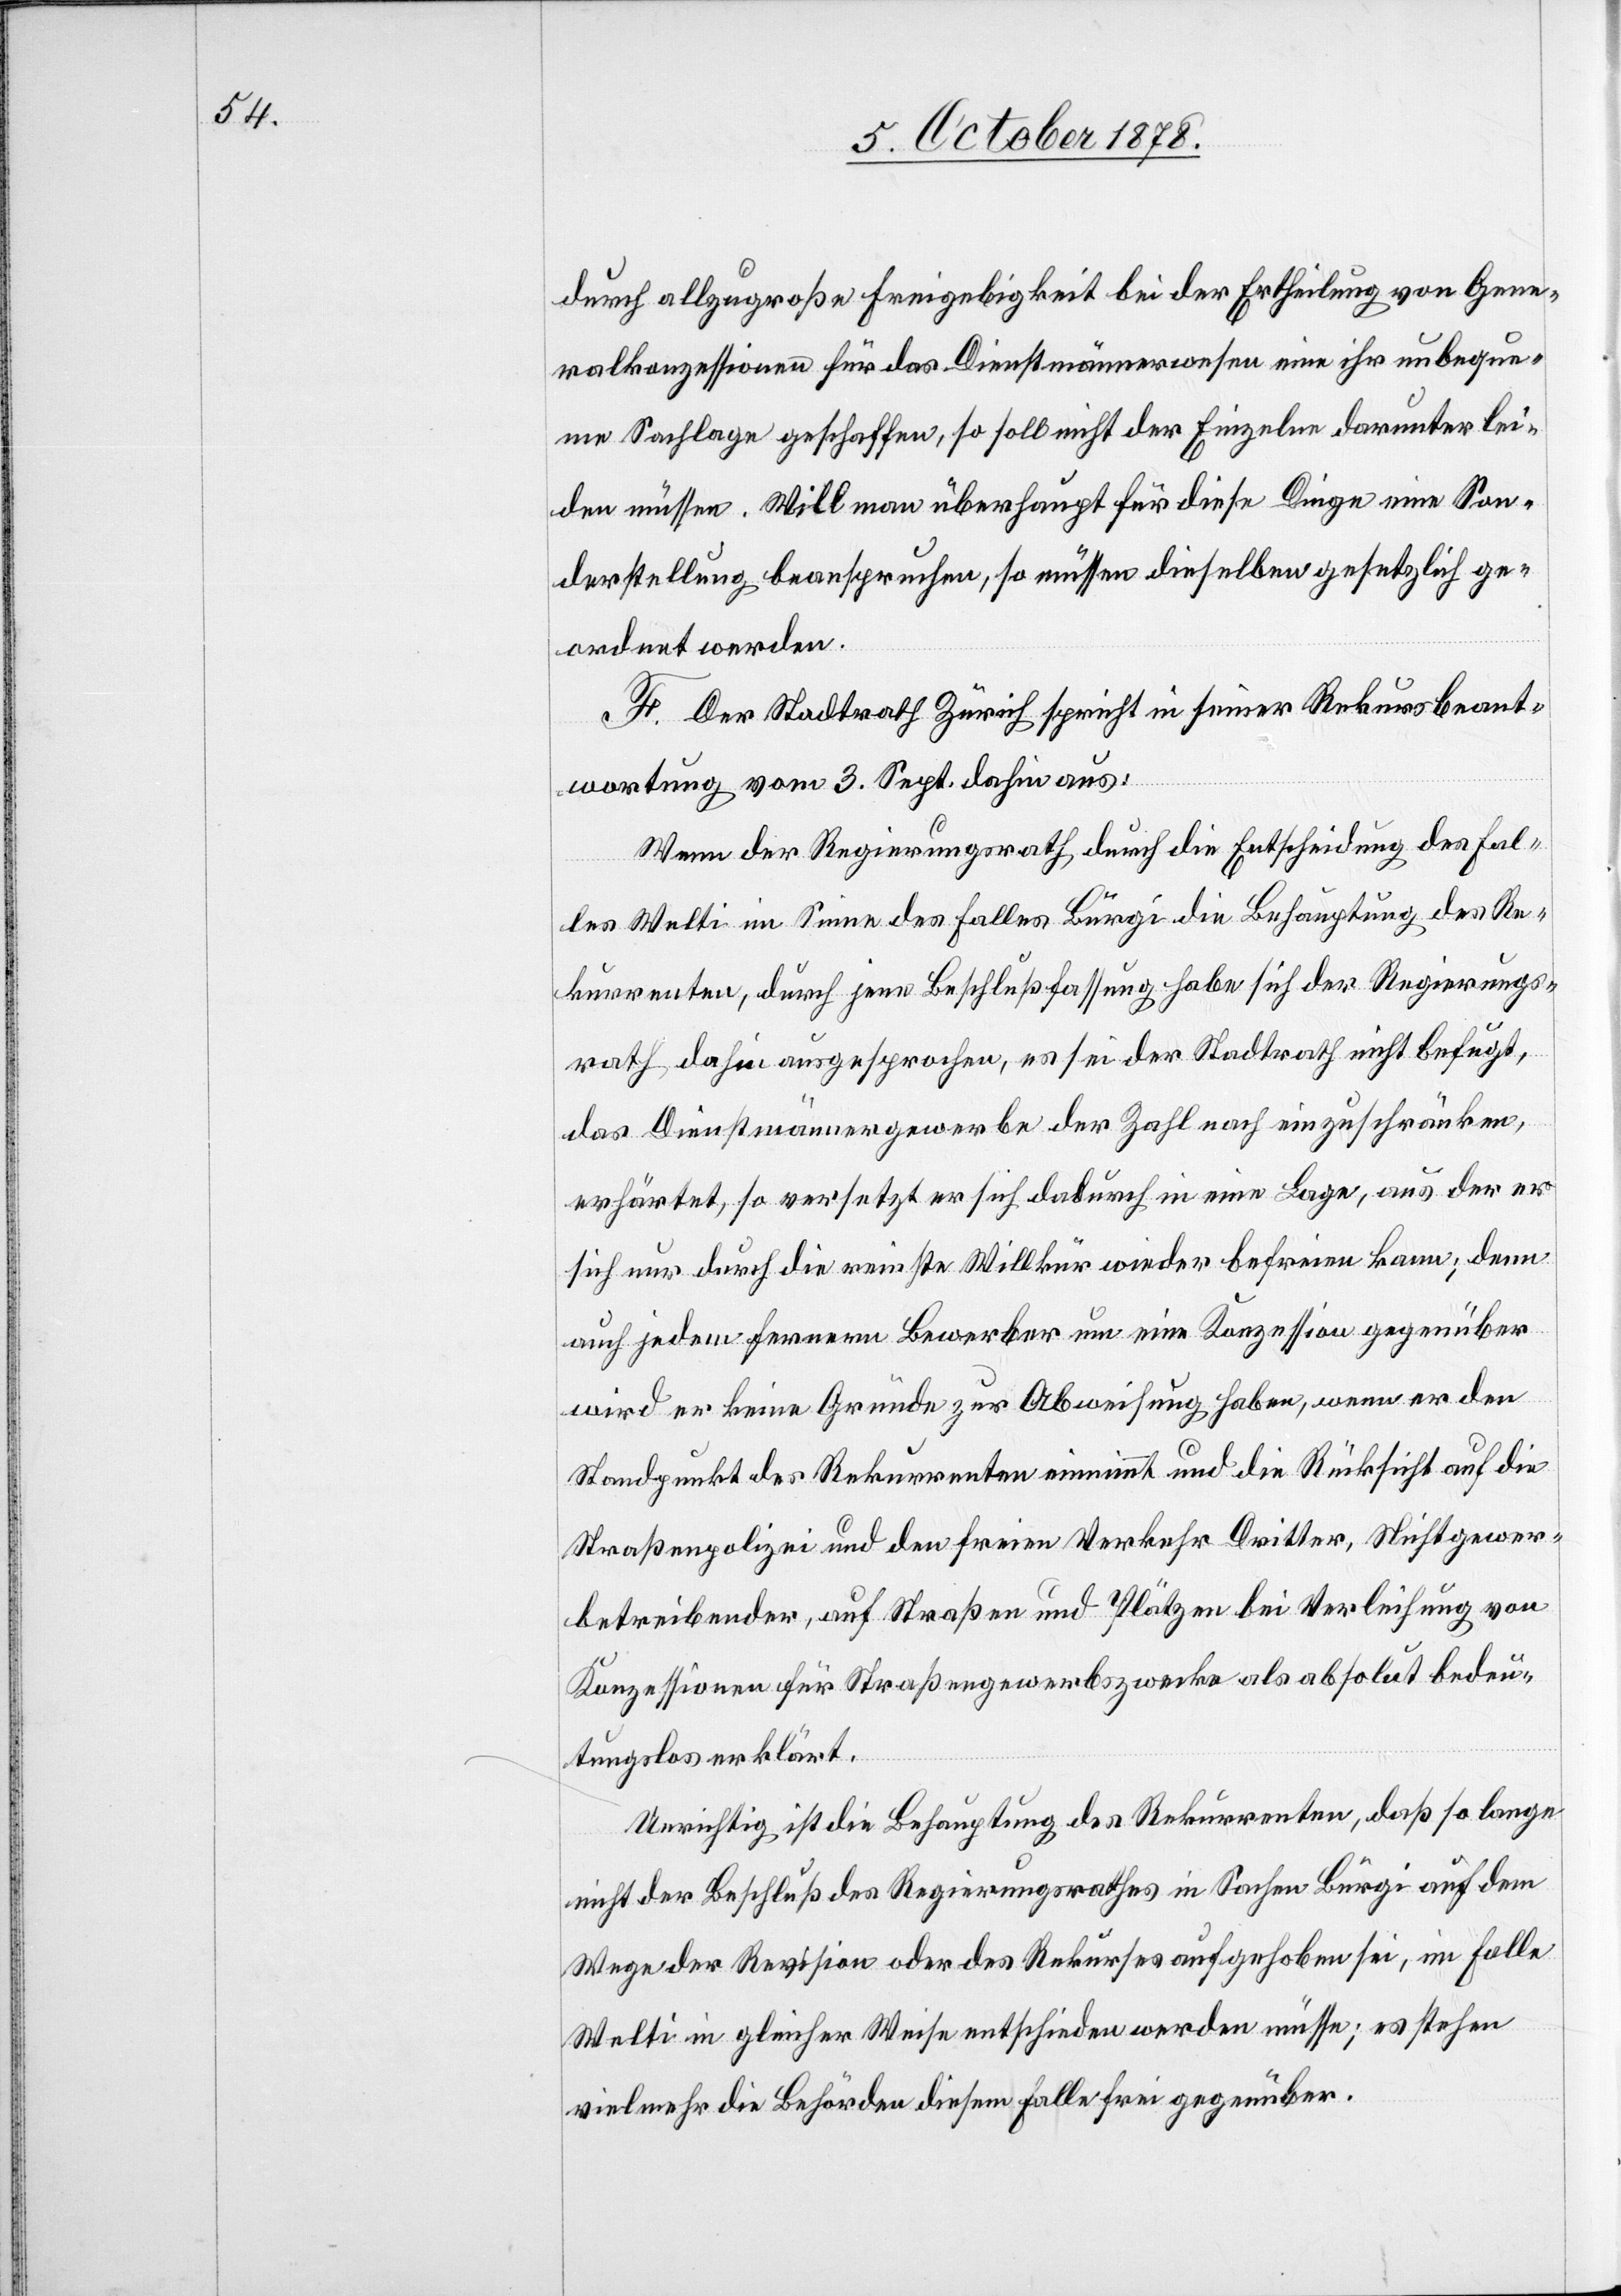
durch allzu große Freigebigkeit bei der Ertheilung von Gene¬
ralkonzessionen für das Dienstmännerwesen eine ihr unbeque¬
me Sachlage geschaffen, so soll nicht der Einzelne darunter lei¬
den müssen. Will man überhaupt für diese Dinge eine Son¬
derstellung beanspruchen, so müssen dieselben gesetzlich ge¬
ordnet werden.
F. Der Stadtrath Zürich spricht in seiner Rekursbeant¬
wortung vom 3. Sept. dahin aus:
Wenn der Regierungsrath durch die Entscheidung des Fal¬
les Welti im Sinne des Falles Bürgi die Behauptung des Re¬
kurrenten, durch jene Beschlussfassung habe sich der Regierungs¬
rath dahin ausgesprochen, es sei der Stadtrath nicht befugt,
das Dienstmännergewerbe der Zahl nach einzuschränken,
erhärtet, so versetzt er sich dadurch in eine Lage, aus der er
sich nur durch die reinste Willkür wieder befreien kann; denn
auch jedem fernern Bewerber um eine Konzession gegenüber
wird er keine Gründe zur Abweisung haben, wenn er den
Standpunkt des Rekurrenten einnimmt und die Rücksicht auf die
Straßenpolizei und den freien Verkehr Dritter, Nichtgewer¬
betreibender, auf Straßen und Plätzen bei der Verleihung von
Konzessionen für Straßengewerbszwecke als absolut bedeu¬
tunglos erklärt.
Unrichtig ist die Behauptung des Rekurrenten, daß so lange
nicht der Beschluß des Regierungsrathes in Sachen Bürgi auf dem
Wege der Revision oder des Rekurses aufgehoben sei, im Falle
Welti in gleicher Weise entschieden werden müsse; es stehen
vielmehr die Behörden diesem Falle frei gegenüber.